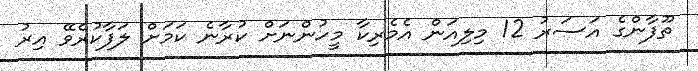
ތޫފާންގެ އަސަރު 12 މިލިއަން އެމެރިކާ މީހުންނަށް ކުރާނެ ކަމަށް ލަފާކުރެވޭ އިރު